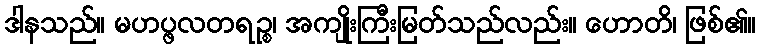
ဒါနသည်။ မဟပ္ဖလတရဉ္စ၊ အကျိုးကြီးမြတ်သည်လည်း။ ဟောတိ၊ ဖြစ်၏။